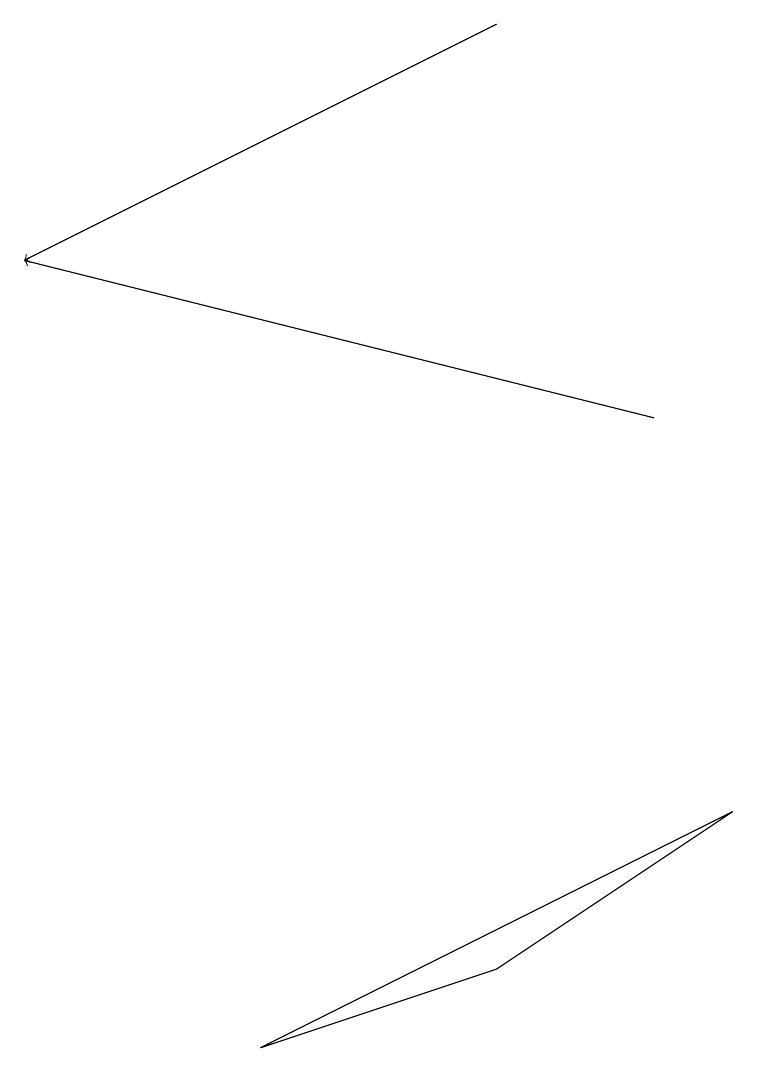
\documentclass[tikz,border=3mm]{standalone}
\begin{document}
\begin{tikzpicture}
\draw[->] (6,19) -- (0,16);
\draw (6,7) -- (3,6) -- (9,9) -- cycle;
\draw[->] (8,14) -- (0,16);
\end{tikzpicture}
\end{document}